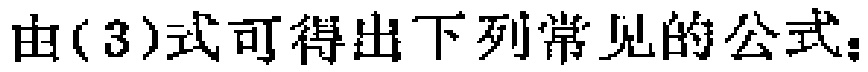
由(3)式可得出下列常见的公式：